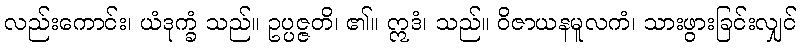
လည်းကောင်း၊ ယံဒုက္ခံ သည်။ ဥပ္ပဇ္ဇတိ၊ ၏။ ဣဒံ၊ သည်။ ဝိဇာယနမူလကံ၊ သားဖွားခြင်းလျှင်